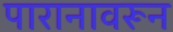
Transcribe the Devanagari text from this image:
पारानावरून